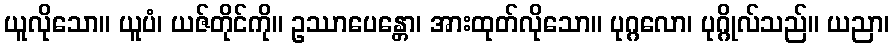
ယူလိုသော။ ယူပံ၊ ယဇ်တိုင်ကို။ ဥဿာပေန္တော၊ အားထုတ်လိုသော။ ပုဂ္ဂလော၊ ပုဂ္ဂိုလ်သည်။ ယညာ၊